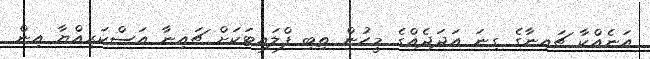
އަނެއްކާ ޗައިނާގެ ގިނަ އަދަދެއްގެ މީހުން ތިބި ފްލައިޓަކަށް ޗައިނާ އަސްކަރިއްޔާ އިން